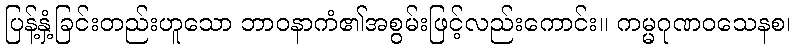
ပြန့်နှံ့ခြင်းတည်းဟူသော ဘာဝနာကံ၏အစွမ်းဖြင့်လည်းကောင်း။ ကမ္မဂုဏဝသေနစ၊